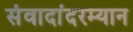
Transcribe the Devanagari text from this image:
संवादांदरम्यान